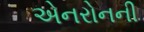
એનરોનની